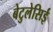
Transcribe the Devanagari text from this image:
बेटुलेसिई